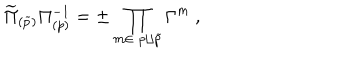
LaTeX: \widetilde \Pi _ { ( \widetilde p ) } \Pi _ { ( p ) } ^ { - 1 } = \pm \prod _ { m \in \; p \sqcup { \widetilde p } } \Gamma ^ { m } \ ,